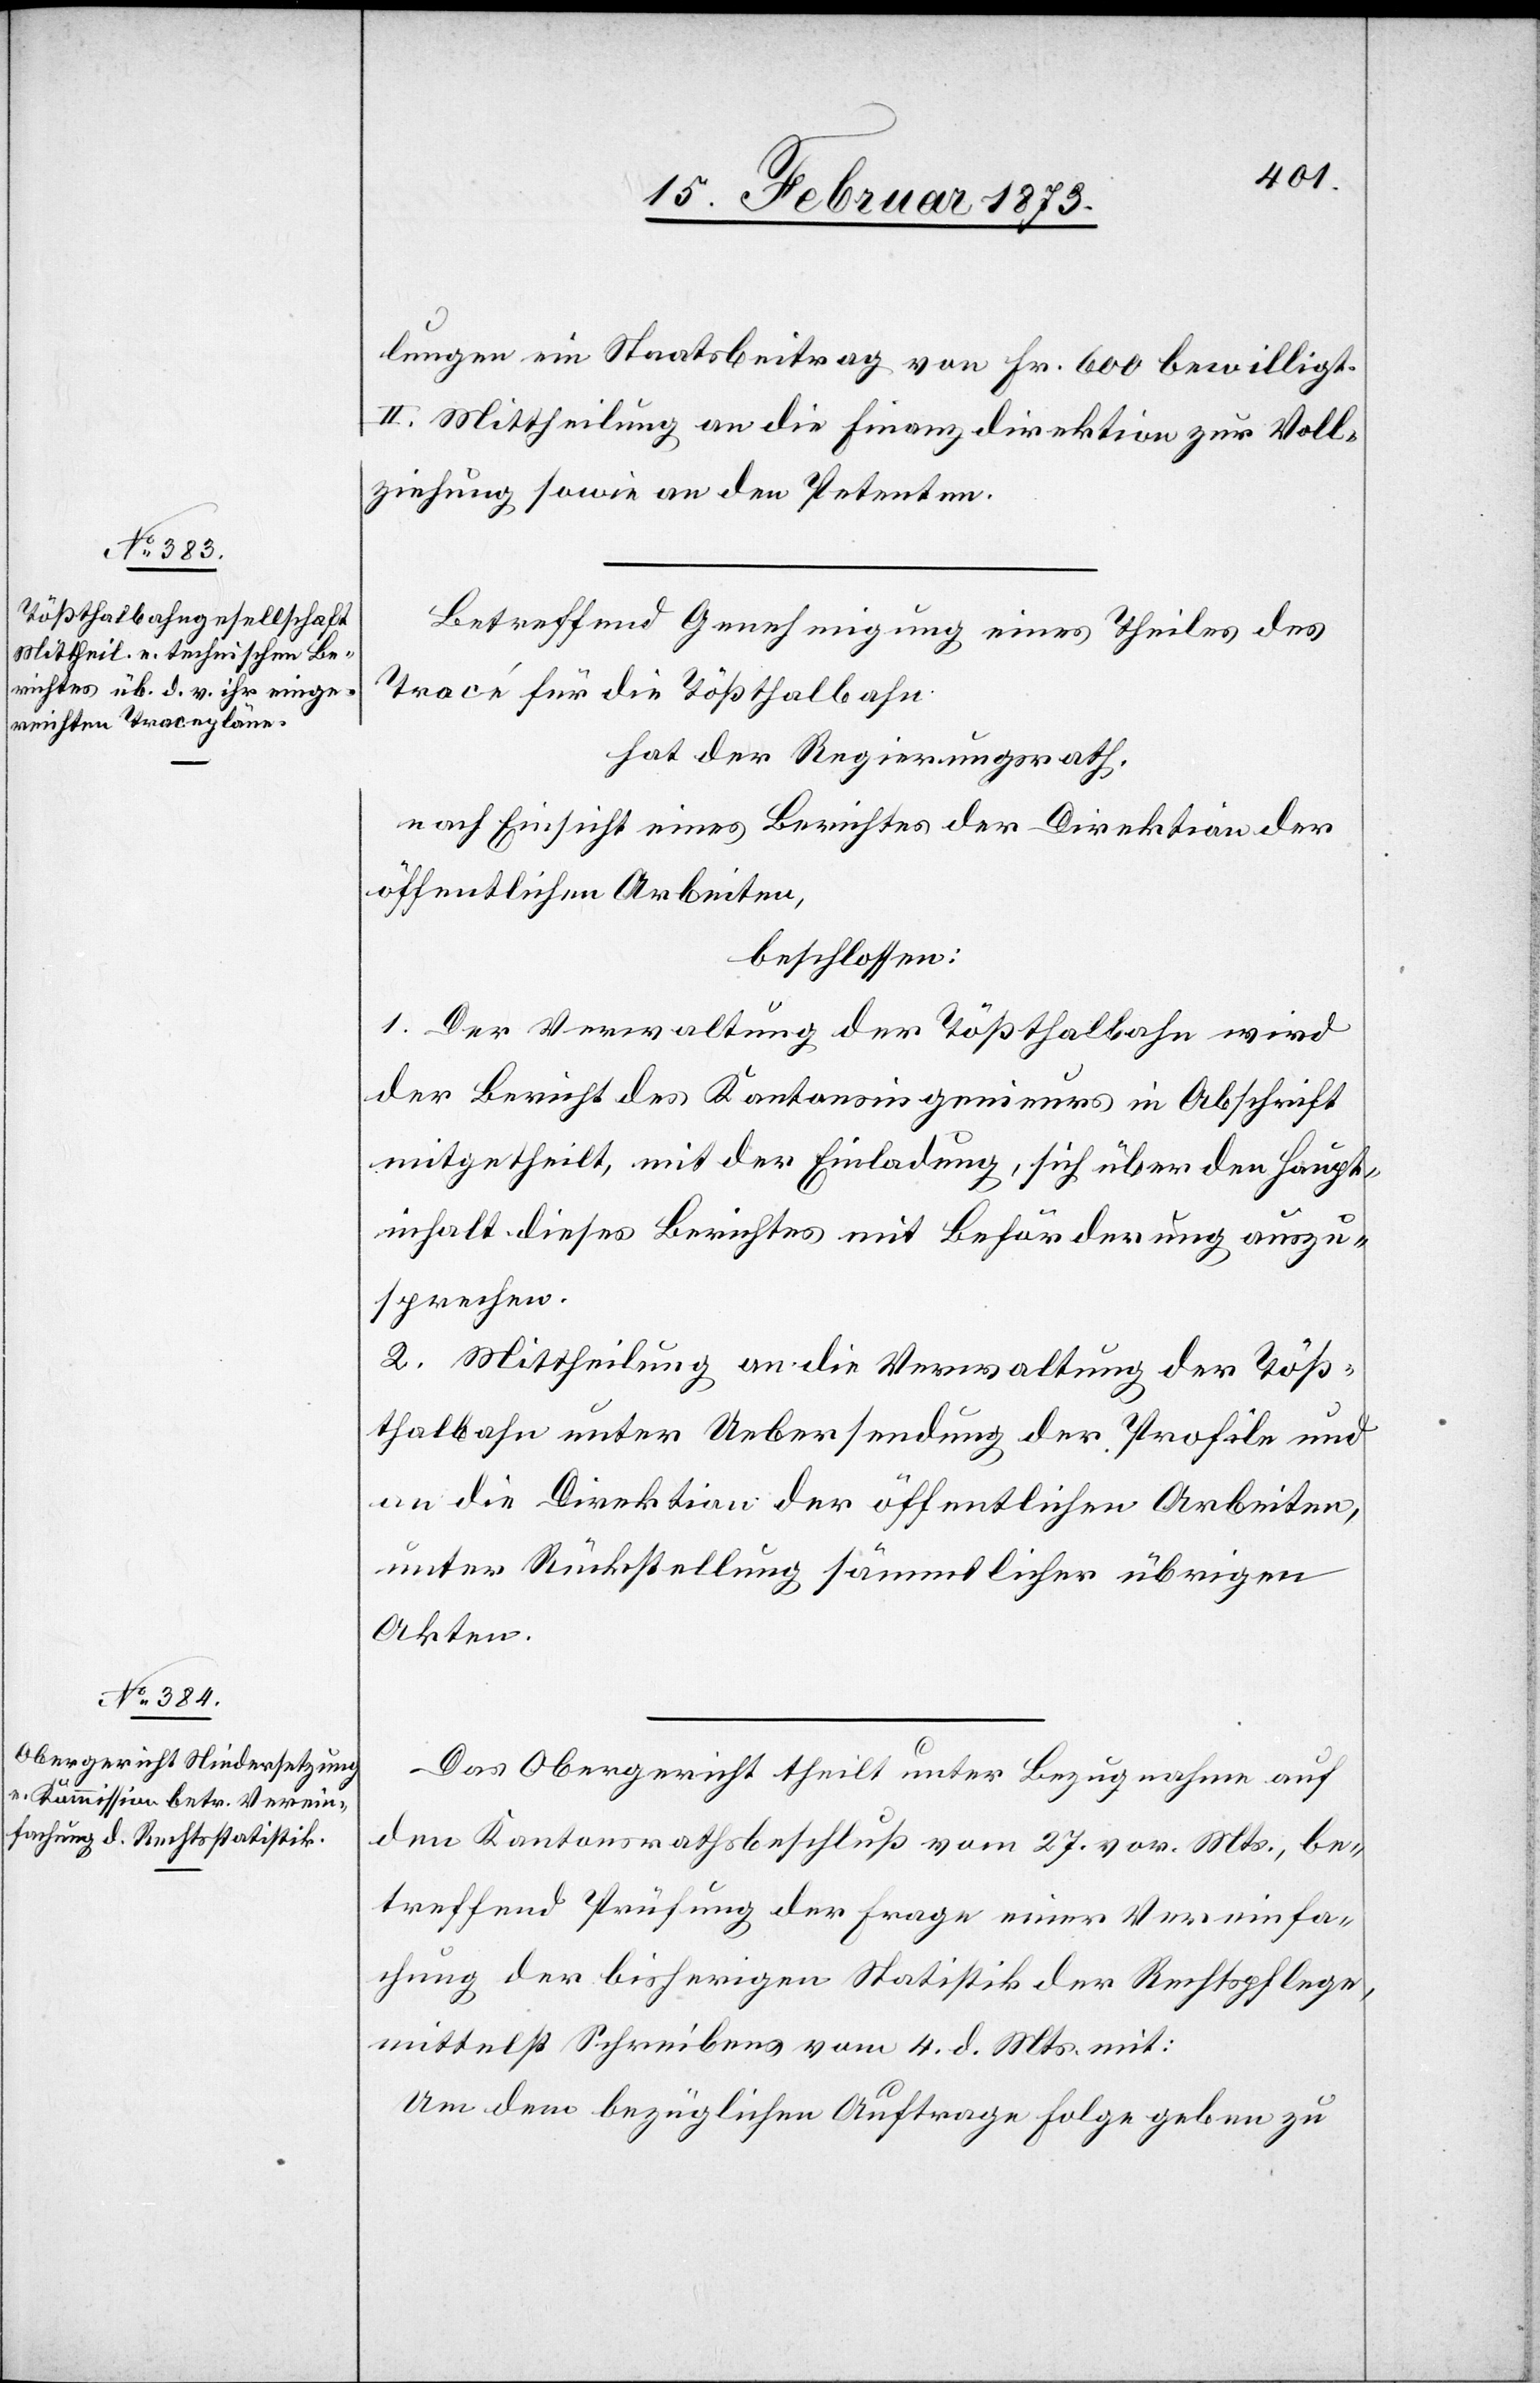
lungen ein Staatsbeitrag von Fr. 600 bewilligt.
II. Mittheilung an die Finanzdirektion zur Voll¬
ziehung sowie an den Petenten.
Betreffend Genehmigung eines Theils des
Tracé für die Tößthalbahn
hat der Regierungsrath,
nach Einsicht eines Berichtes der Direktion der
öffentlichen Arbeiten,
beschlossen:
1. Der Verwaltung der Tößthalbahn wird
der Bericht des Kantonsingenieurs in Abschrift
mitgetheilt, mit der Einladung, sich über den Haupt¬
inhalt dieses Berichtes mit Beförderung auszu¬
sprechen.
2. Mittheilung an die Verwaltung der Töß¬
thalbahn unter Uebersendung der Profile und
an die Direktion der öffentlichen Arbeiten,
unter Rückstellung sämmtlicher übrigen
Akten.
Das Obergericht theilt unter Bezugnahme auf
den Kantonsrathsbeschluß vom 27. vor. Mts., be¬
treffend Prüfung der Frage einer Vereinfa¬
chung der bisherigen Statistik der Rechtspflege,
mittelst Schreibens vom 4. d. Mts. mit:
Um dem bezüglichen Auftrage Folge geben zu